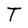
Character: T